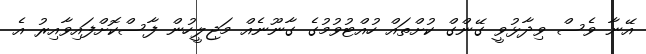
އޭނާ ވެސް ވިދާޅުވީ ގޭންގް ކުށްތައް ހުއްޓުވުމުގެ ގާނޫނެއް މަޖިލީހުން ފާސްކޮށްފައިވާއިރު އެ